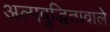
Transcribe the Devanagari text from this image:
अल्पबुद्धितावाले